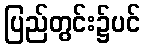
ပြည်တွင်း၌ပင်